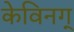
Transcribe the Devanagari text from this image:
केविनग्